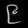
Digit: ၉